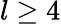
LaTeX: l\geq 4